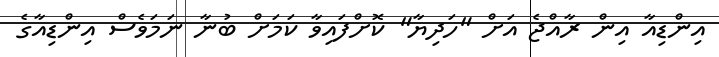
އިންޑިއާ އިން ރާއްޖެ އަށް "ހަދިޔާ" ކޮށްފައިވާ ކަމަށް ބުނާ ނަމަވެސް އިންޑިއާގެ